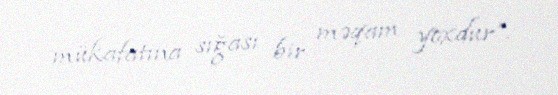
mükafatına sığası bir məqam yoxdur”.